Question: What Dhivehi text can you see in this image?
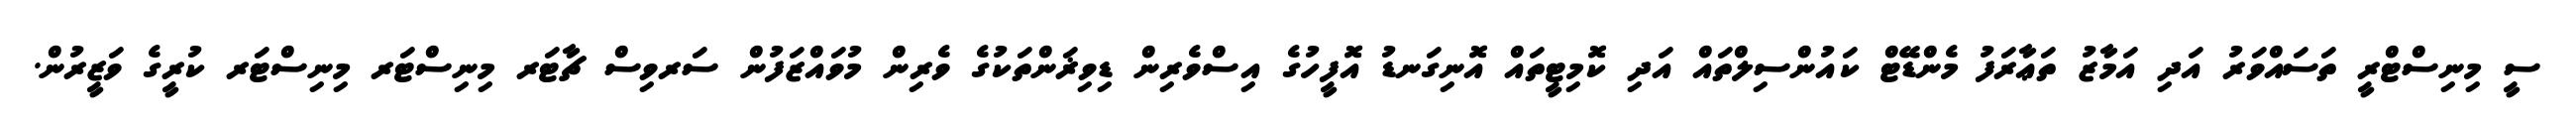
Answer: ސީ މިނިސްޓްރީ ތަސައްވަރު އަދި އަމާޒު ތަޢާރަފު މެންޑޭޓް ކައުންސިލްތައް އަދި ކޮމިޓީތައް އޮނިގަނޑު އޮފީހުގެ އިސްވެރިން ޑިވިޜަންތަކުގެ ވެރިން މުވައްޒަފުން ސަރވިސް ޗާޓަރ މިނިސްޓަރ މިނިސްޓަރ ކުރީގެ ވަޒީރުން.